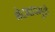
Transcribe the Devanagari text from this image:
भेदभावमुळे